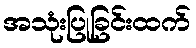
အသုံးပြုခြင်းထက်